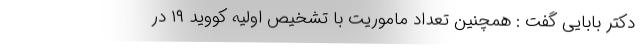
دکتر بابایی گفت : همچنین تعداد ماموریت با تشخیص اولیه کووید ۱۹ در